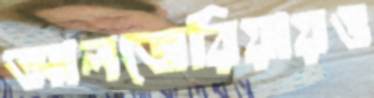
আলজেরিয়ায়ও